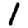
Digit: 1